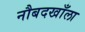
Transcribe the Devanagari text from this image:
नौबदखाँला